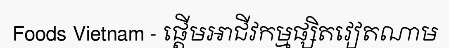
Foods Vietnam - ផ្តើមអាជីវកម្មផ្សិតវៀតណាម